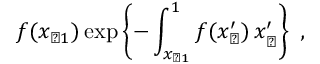
f ( x _ { \perp 1 } ) \exp \left\{ - \int _ { x _ { \perp 1 } } ^ { 1 } f ( x _ { \perp } ^ { \prime } ) \, \d x _ { \perp } ^ { \prime } \right\} ~ ,